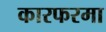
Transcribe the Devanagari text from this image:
कारफरमा